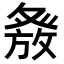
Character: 𭽂